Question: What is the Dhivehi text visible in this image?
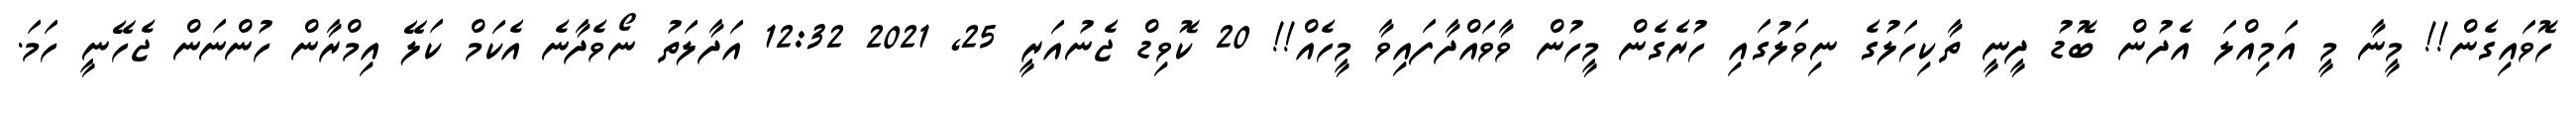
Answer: ހޮވައިގެން!! މީނާ މީ އަމިއްލަ އެދުން ބޮޑު ދީނީ ތާކިހަލުގެ ނިވަލުގައި ހުރެގެން މީހުން ވާވައްދާފައިވާ މީހެއް!! 20 ކޮވިޑް ޖެނުއަރީ 25, 2021 12:32 އަދާލަތު ނޯވެދާނެ އެކަމް ކަލޭ އިމްރާން ހުންނަން ޖެހޭނީ ހަމަ.